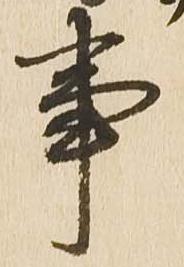
事